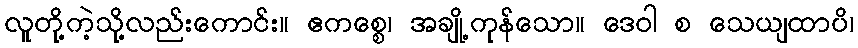
လူတို့ကဲ့သို့လည်းကောင်း။ ဧကစ္စေ၊ အချို့ကုန်သော။ ဒေဝါ စ သေယျထာပိ၊